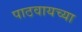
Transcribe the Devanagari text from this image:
पाठवायच्या